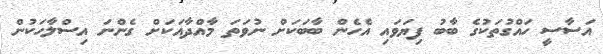
އަސާސީ ހައްގުތަކުގެ ބާބު ފިޔަވައި އެހެން ބާބަކަށް ނުވަތަ މާއްދާއަކަށް ގެންނަ އިސްލާހަކުން